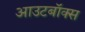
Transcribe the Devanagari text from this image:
आउटबॉक्स